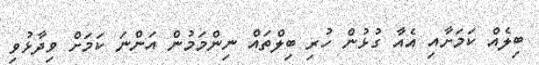
ބިލެއް ކަމަށާއި އެއާ ގުޅުން ހުރި ބިލްތައް ނިންމަމުން އަންނަ ކަމަށް ވިދާޅުވި